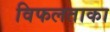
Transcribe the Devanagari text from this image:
विफलताका